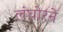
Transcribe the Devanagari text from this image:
लंघोरने